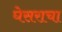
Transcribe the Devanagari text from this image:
घेसराचा